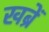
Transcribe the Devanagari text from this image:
खब्रें